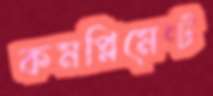
কমপ্লিমেন্ট